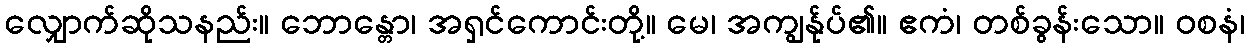
လျှောက်ဆိုသနည်း။ ဘောန္တော၊ အရှင်ကောင်းတို့။ မေ၊ အကျွန်ုပ်၏။ ဧကံ၊ တစ်ခွန်းသော။ ဝစနံ၊